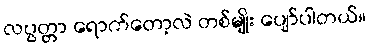
လပွတ္တာ ရောက်တော့လဲ တစ်မျိုး ပျော်ပါတယ်။